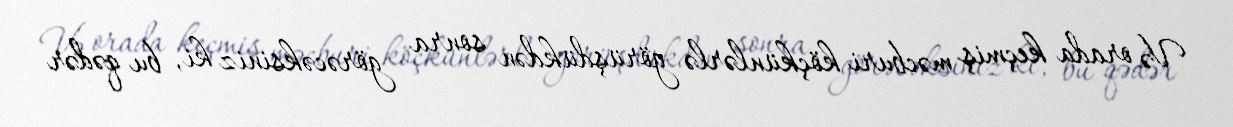
Və orada keçmiş məcburi köçkünlərlə görüşdükdən sonra görəcəksiniz ki, bu qədər